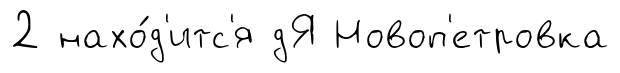
2 нахо́д'итс'я дЯ Новоп'етровка